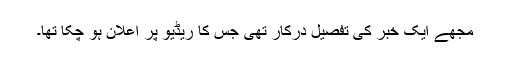
مجھے ایک خبر کی تفصیل درکار تھی جس کا ریڈیو پر اعلان ہو چکا تھا۔